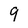
Character: 9